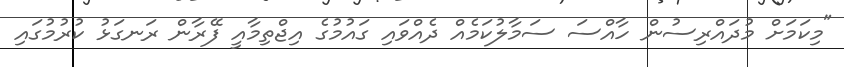
"މިކަމަށް މުދައްރިސުން ހާއްސަ ސަމާލުކަމެއް ދެއްވައި ގައުމުގެ އިޖްތިމާއީ ފޭރާން ރަނގަޅު ކުރުމުގައި